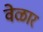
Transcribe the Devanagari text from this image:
वेळार